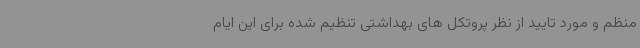
منظم و مورد تایید از نظر پروتکل های بهداشتی تنظیم شده برای این ایام